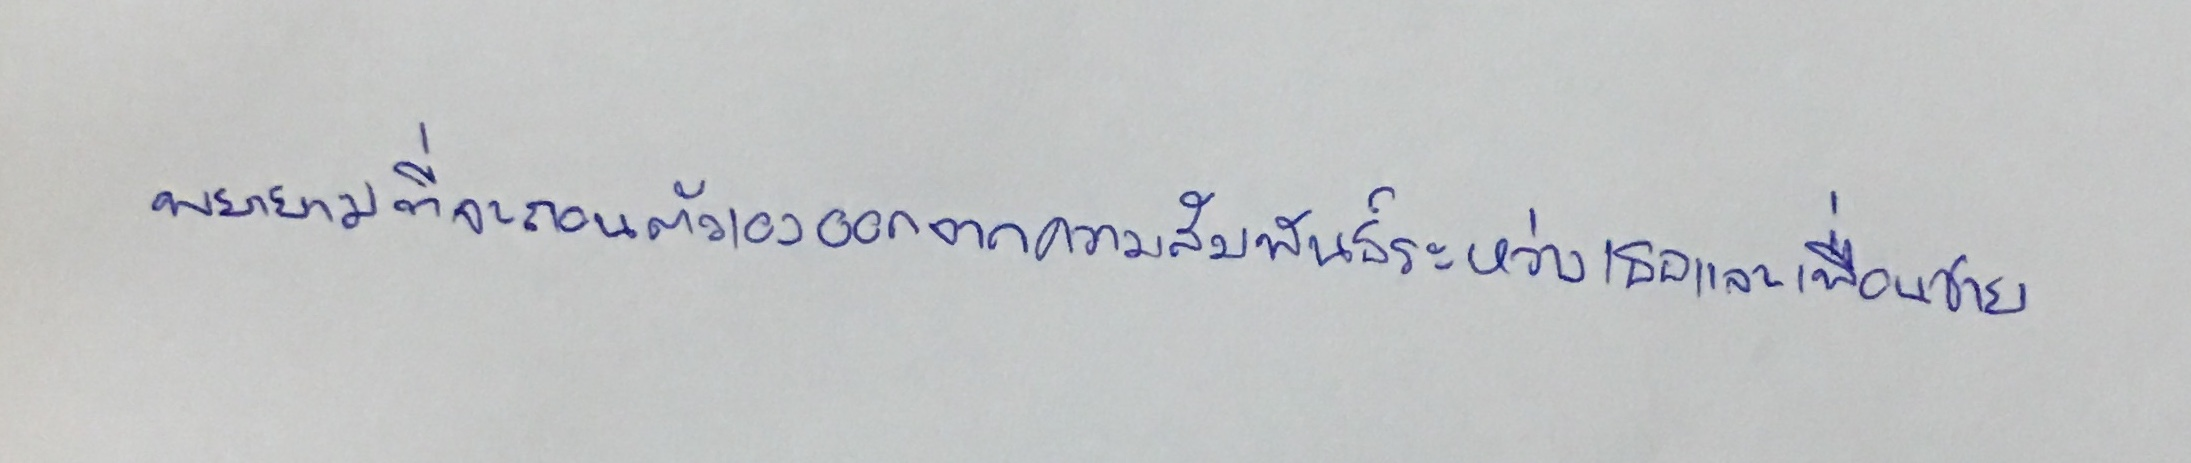
พยายามที่จะถอนตัวเองออกจากความสัมพันธ์ระหว่างเธอและเพื่อนชาย